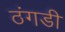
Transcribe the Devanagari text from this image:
ठंगडी